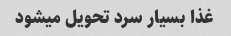
غذا بسیار سرد تحویل میشود